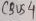
Text: CBUS4